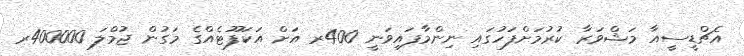
އެޗްޑީސީއާ މަޝްވަރާ ކުރުމަށްފަހުގައި ނިންމާފައިވަނީ 400ރ އަށް އަކަފޫޓެއްގެ މަގުން ޖުމްލަ 400000ރ